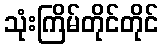
သုံးကြိမ်တိုင်တိုင်